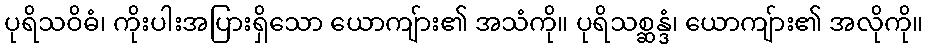
ပုရိသဝိဓံ၊ ကိုးပါးအပြားရှိသော ယောကျ်ား၏ အသံကို။ ပုရိသစ္ဆန္ဒံ၊ ယောကျ်ား၏ အလိုကို။